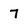
Character: 7